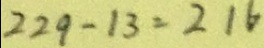
2 2 9 - 1 3 = 2 1 6